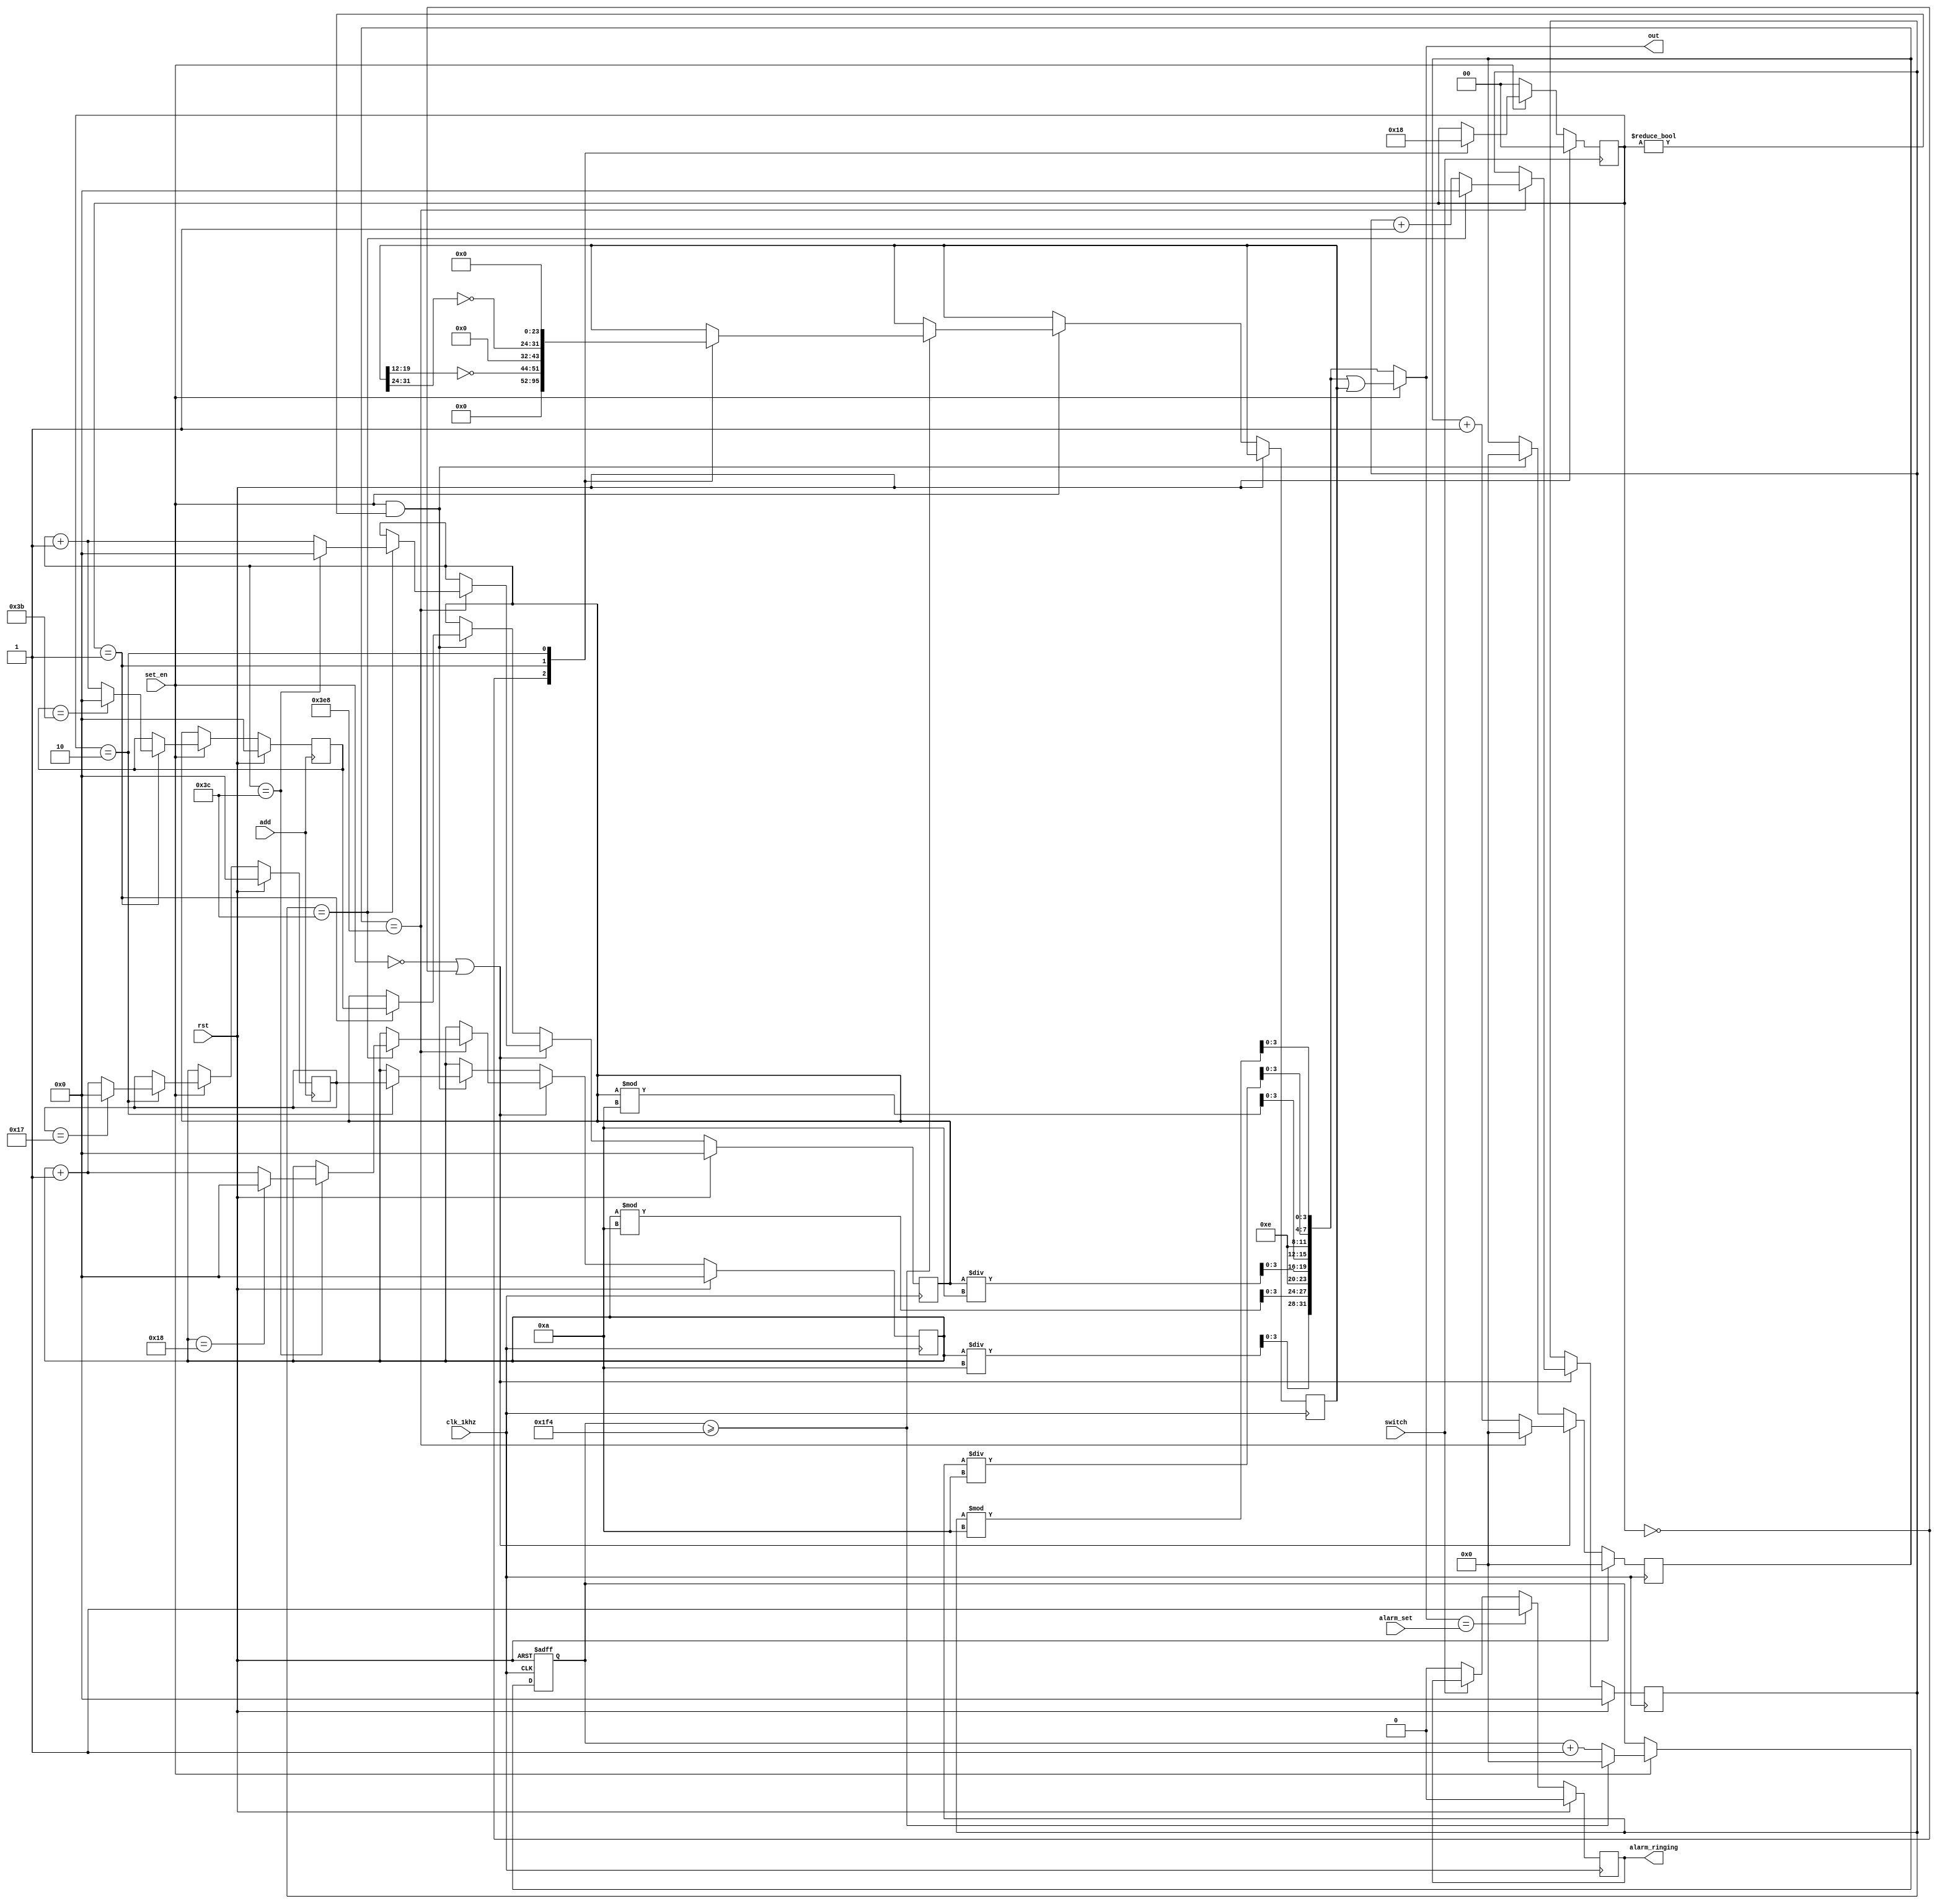
module clock (
    input clk_1khz,
    input rst,
    input set_en,
    input switch,
    input add,
    input [4*8-1:0] alarm_set,
    output reg alarm_ringing,
    output [4*8-1:0] out
);

    reg [15:0] tick;

    reg [6:0] rsec, rmin, rhr;
    reg [6:0] rsec_set, rmin_set, rhr_set;

    parameter S_CLOCK = 2'b00;
    parameter S_SET_MIN = 2'b01;
    parameter S_SET_HR = 2'b10;

    reg [1:0] state;

    always @(posedge switch) begin
        if (rst) begin
            state <= S_CLOCK;
        end else if (~set_en) begin
            state <= S_CLOCK;
        end else if (set_en) begin
            case (state)
                S_CLOCK: begin
                    state <= S_SET_MIN;
                end
                S_SET_MIN: begin
                    state <= S_SET_HR;
                end
                S_SET_HR: begin
                    state <= S_CLOCK;
                end
            endcase
        end
    end

    always @(posedge clk_1khz) begin
        if (rst) begin
            tick <= 0;
            rsec <= 0;
            rmin <= 0;
            rhr <= 0;
        end else if (~set_en || state == S_CLOCK) begin
            tick <= tick + 1;
            if (tick == 1000) begin
                tick <= 0;
                rsec <= rsec + 1;
                if (rsec == 60) begin
                    rsec <= 0;
                    rmin <= rmin + 1;
                    if (rmin == 60) begin
                        rmin <= 0;
                        rhr <= rhr + 1;
                        if (rhr == 24) begin
                            rhr <= 0;
                        end
                    end
                end
            end
        end else if (set_en && state != S_CLOCK) begin
            tick <= 0;
            case (state)
                S_SET_MIN: begin
                    rmin <= rmin_set;
                end
                S_SET_HR: begin
                    rhr <= rhr_set;
                end
            endcase
        end
    end

    always @(posedge add) begin
        if (rst) begin
            rsec_set <= 0;
            rmin_set <= 0;
            rhr_set <= 0;
        end else if (~set_en) begin
            rsec_set <= rsec;
            rmin_set <= rmin;
            rhr_set <= rhr;
        end else if (set_en) begin
            case (state)
                S_SET_MIN: begin
                    rmin_set <= rmin_set == 59 ? 0 : rmin + 1;
                end
                S_SET_HR: begin
                    rhr_set <= rhr_set == 23 ? 0 : rhr + 1;
                end
            endcase
        end
    end

    wire [4*8-1:0] time_out;

    assign time_out[3:0] = rsec % 10;
    assign time_out[7:4] = rsec / 10;
    assign time_out[11:8] = 4'b1110;
    assign time_out[15:12] = rmin % 10;
    assign time_out[19:16] = rmin / 10;
    assign time_out[23:20] = 4'b1110;
    assign time_out[27:24] = rhr % 10;
    assign time_out[31:28] = rhr / 10;

    reg [15:0] cnt;
    reg [31:0] mask;

    always @(posedge clk_1khz or posedge rst) begin
        if (rst) begin
            cnt <= 0;
        end else if (set_en) begin
            cnt <= cnt + 1;
            if (cnt >= 500) begin
                cnt <= 0;
                case (state)
                    S_CLOCK: begin
                        mask <= 32'h00000000;
                    end
                    S_SET_MIN: begin
                        mask <= { 12'h0000, ~mask[19:12], 12'h0000 };
                    end
                    S_SET_HR: begin
                        mask <= { ~mask[31:24], 24'h000000 };
                    end
                endcase
            end
        end
    end

    assign out = set_en ? time_out | mask : time_out;

    always @(posedge clk_1khz) begin
        if (rst) begin
            alarm_ringing <= 0;
        end else if (out == alarm_set) begin
            alarm_ringing <= 1;
        end else if (~switch) begin
            alarm_ringing <= 0;
        end
    end
    
endmodule